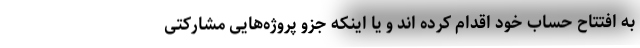
به افتتاح حساب خود اقدام کرده اند و یا اینکه جزو پروژه‌هایی مشارکتی